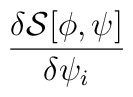
\frac{\delta {\mathcal{S}}[\phi ,\psi ]}{\delta \psi _{i}}